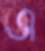
এ